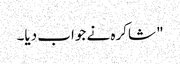
" شاکرہ نے جواب دیا۔